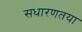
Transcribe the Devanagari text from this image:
सधारणतया